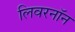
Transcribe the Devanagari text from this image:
लिवरनॉन